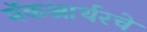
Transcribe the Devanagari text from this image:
मॅकआर्थरचे